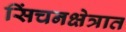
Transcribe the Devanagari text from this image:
सिंचनक्षेत्रात